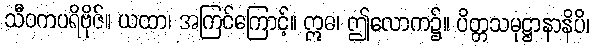
သီဝကပရိဗိုဇ်။ ယထာ၊ အကြင်ကြောင့်။ ဣဓ၊ ဤလောက၌။ ပိတ္တသမုဋ္ဌာနာနိပိ၊